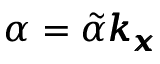
\alpha = \tilde { \alpha } \pmb { k _ { x } }